Annual administration report of the Civil Veterinary Department of India - 1894-1895
Year: 1894
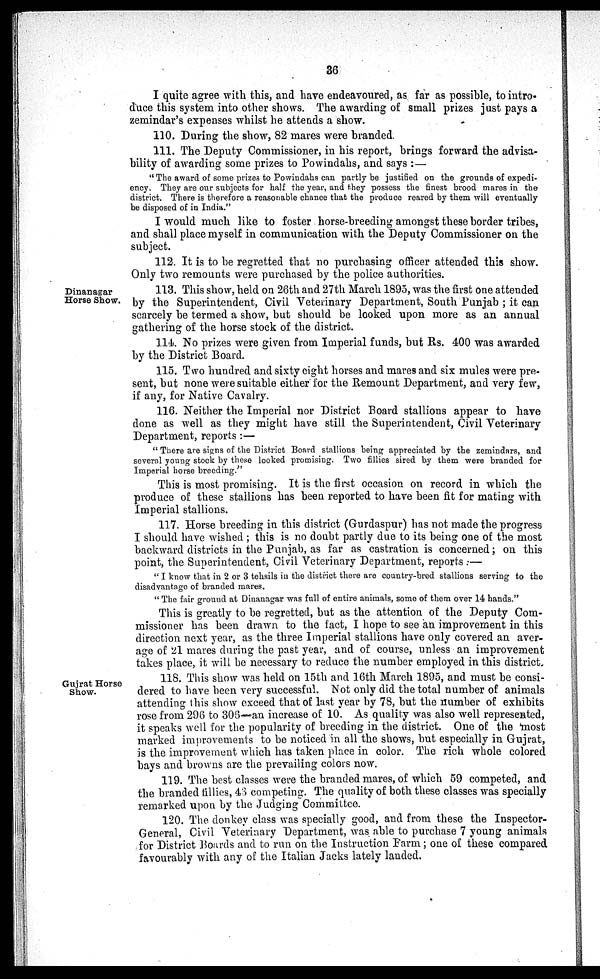
36
I quite agree with this, and have endeavoured, as far as possible, to intro-
duce this system into other shows. The awarding of small prizes just pays a
zemindar's expenses whilst he attends a show.
110. During the show, 82 mares were branded.
111. The Deputy Commissioner, in his report, brings forward the advisa-
bility of awarding some prizes to Powindahs, and says :—
" The award of some prizes to Powindahs can partly be justified on the grounds of expedi-
ency. They are our subjects for half the year, and they possess the finest brood mares in the
district. There is therefore a reasonable chance that the produce reared by them will eventually
be disposed of in India."
I would much like to foster horse-breeding amongst these border tribes,
and shall place myself in communication with the Deputy Commissioner on the
subject.
112. It is to be regretted that no purchasing officer attended this show.
Only two remounts were purchased by the police authorities.
Dinanagar
Horse Show.
113. This show, held on 26th and 27th March 1895, was the first one attended
by the Superintendent, Civil Veterinary Department, South Punjab ; it can
scarcely be termed a show, but should be looked upon more as an annual
gathering of the horse stock of the district.
114. No prizes were given from Imperial funds, but Rs. 400 was awarded
by the District Board.
115. Two hundred and sixty eight horses and mares and six mules were pre-
sent, but none were suitable either for the Remount Department, and very few,
if any, for Native Cavalry.
116. Neither the Imperial nor District Board stallions appear to have
done as well as they might have still the Superintendent, Civil Veterinary
Department, reports:—
" There are signs of the District Board stallions being appreciated by the zemindars, and
several young stock by these looked promising. Two fillies sired by them were branded for
Imperial horse breeding."
This is most promising. It is the first occasion on record in which the
produce of these stallions has been reported to have been fit for mating with
Imperial stallions.
117. Horse breeding in this district (Gurdaspur) has not made the progress
I should have wished ; this is no doubt partly due to its being one of the most
backward districts in the Punjab, as far as castration is concerned; on this
point, the Superintendent, Civil Veterinary Department, reports .—
" I know that in 2 or 3 tehsils in the district there are country-bred stallions serving to the
disadvantage of branded mares.
" The fair ground at Dinanagar was full of entire animals, some of them over 14 hands."
This is greatly to be regretted, but as the attention of the Deputy Com-
missioner has been drawn to the fact, I hope to see an improvement in this
direction next year, as the three Imperial stallions have only covered an aver-
age of 21 mares during the past year, and of course, unless an improvement
takes place, it will be necessary to reduce the number employed in this district.
Gujrat Horse
Show.
118. This show was held on 15th and 16th March 1895, and must be consi-
dered to have been very successful. Not only did the total number of animals
attending this show exceed that of last year by 78, but the number of exhibits
rose from 296 to 306—an increase of 10. As quality was also well represented,
it speaks well for the popularity of breeding in the district. One of the most
marked improvements to be noticed in all the shows, but especially in Gujrat,
is the improvement which has taken place in color. The rich whole colored
bays and browns are the prevailing colors now.
119. The best classes were the branded mares, of which 59 competed, and
the branded fillies, 43 competing. The quality of both these classes was specially
remarked upon by the Judging Committee.
120. The donkey class was specially good, and from these the Inspector-
General, Civil Veterinary Department, was able to purchase 7 young animals
for District Boards and to run on the Instruction Farm; one of these compared
favourably with any of the Italian Jacks lately landed.